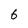
Character: 6